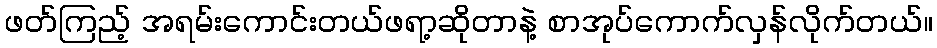
ဖတ်ကြည့် အရမ်းကောင်းတယ်ဖရာ့ဆိုတာနဲ့ စာအုပ်ကောက်လှန်လိုက်တယ်။